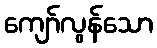
ကျော်လွန်သော